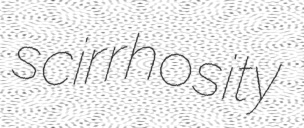
scirrhosity